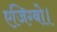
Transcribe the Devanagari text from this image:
एजिग्बो।